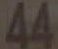
44